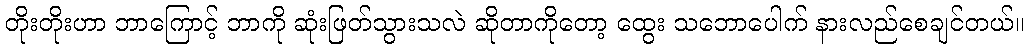
တိုးတိုးဟာ ဘာကြောင့် ဘာကို ဆုံးဖြတ်သွားသလဲ ဆိုတာကိုတော့ ထွေး သဘောပေါက် နားလည်စေချင်တယ်။